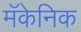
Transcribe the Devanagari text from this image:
मॅकेनिक